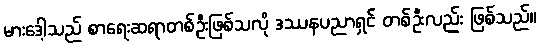
မားဒေါ့သည် စာရေးဆရာတစ်ဦးဖြစ်သလို ဒဿနပညာရှင် တစ်ဦးလည်း ဖြစ်သည်။